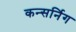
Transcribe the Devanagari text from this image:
कन्सर्निग